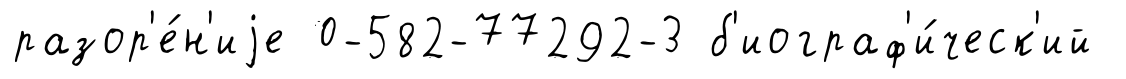
разор'е́н'иjе 0-582-77292-3 б'иограф'и́ческ'ий